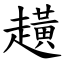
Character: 趪